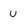
Character: u